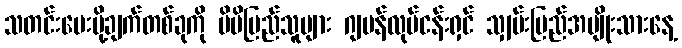
သတင်းပေးပို့ချက်တစ်ခုကို မိမိပြည်သူများ ဂျပန်လုပ်ငန်းရှင် သျှမ်းပြည်အမျိုးသားနေ့